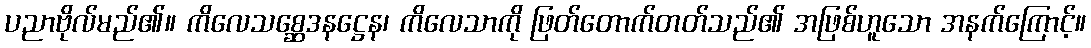
ပညာဗိုလ်မည်၏။ ကိလေသစ္ဆေဒနဋ္ဌေန၊ ကိလေသာကို ဖြတ်တောက်တတ်သည်၏ အဖြစ်ဟူသော အနက်ကြောင့်။